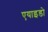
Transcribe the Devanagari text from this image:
एयाइडो